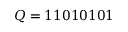
Q = 1 1 0 1 0 1 0 1